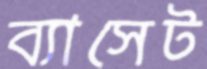
ব্যাসেট